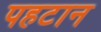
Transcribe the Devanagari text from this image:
पहटान